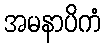
အမနာပိကံ